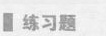
练习题